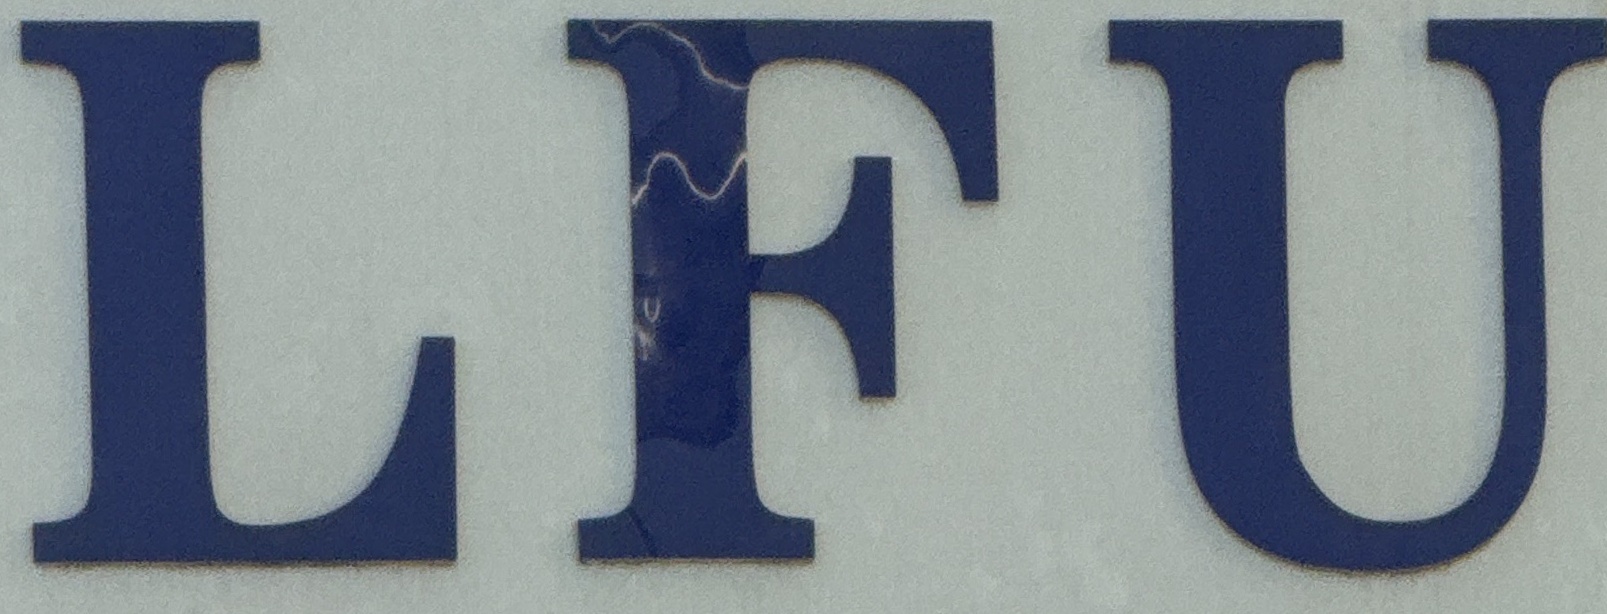
LFU